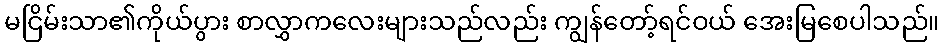
မငြိမ်းသာ၏ကိုယ်ပွား စာလွှာကလေးများသည်လည်း ကျွန်တော့်ရင်ဝယ် အေးမြစေပါသည်။